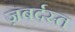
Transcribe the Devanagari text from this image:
ज़बर्दस्‍त